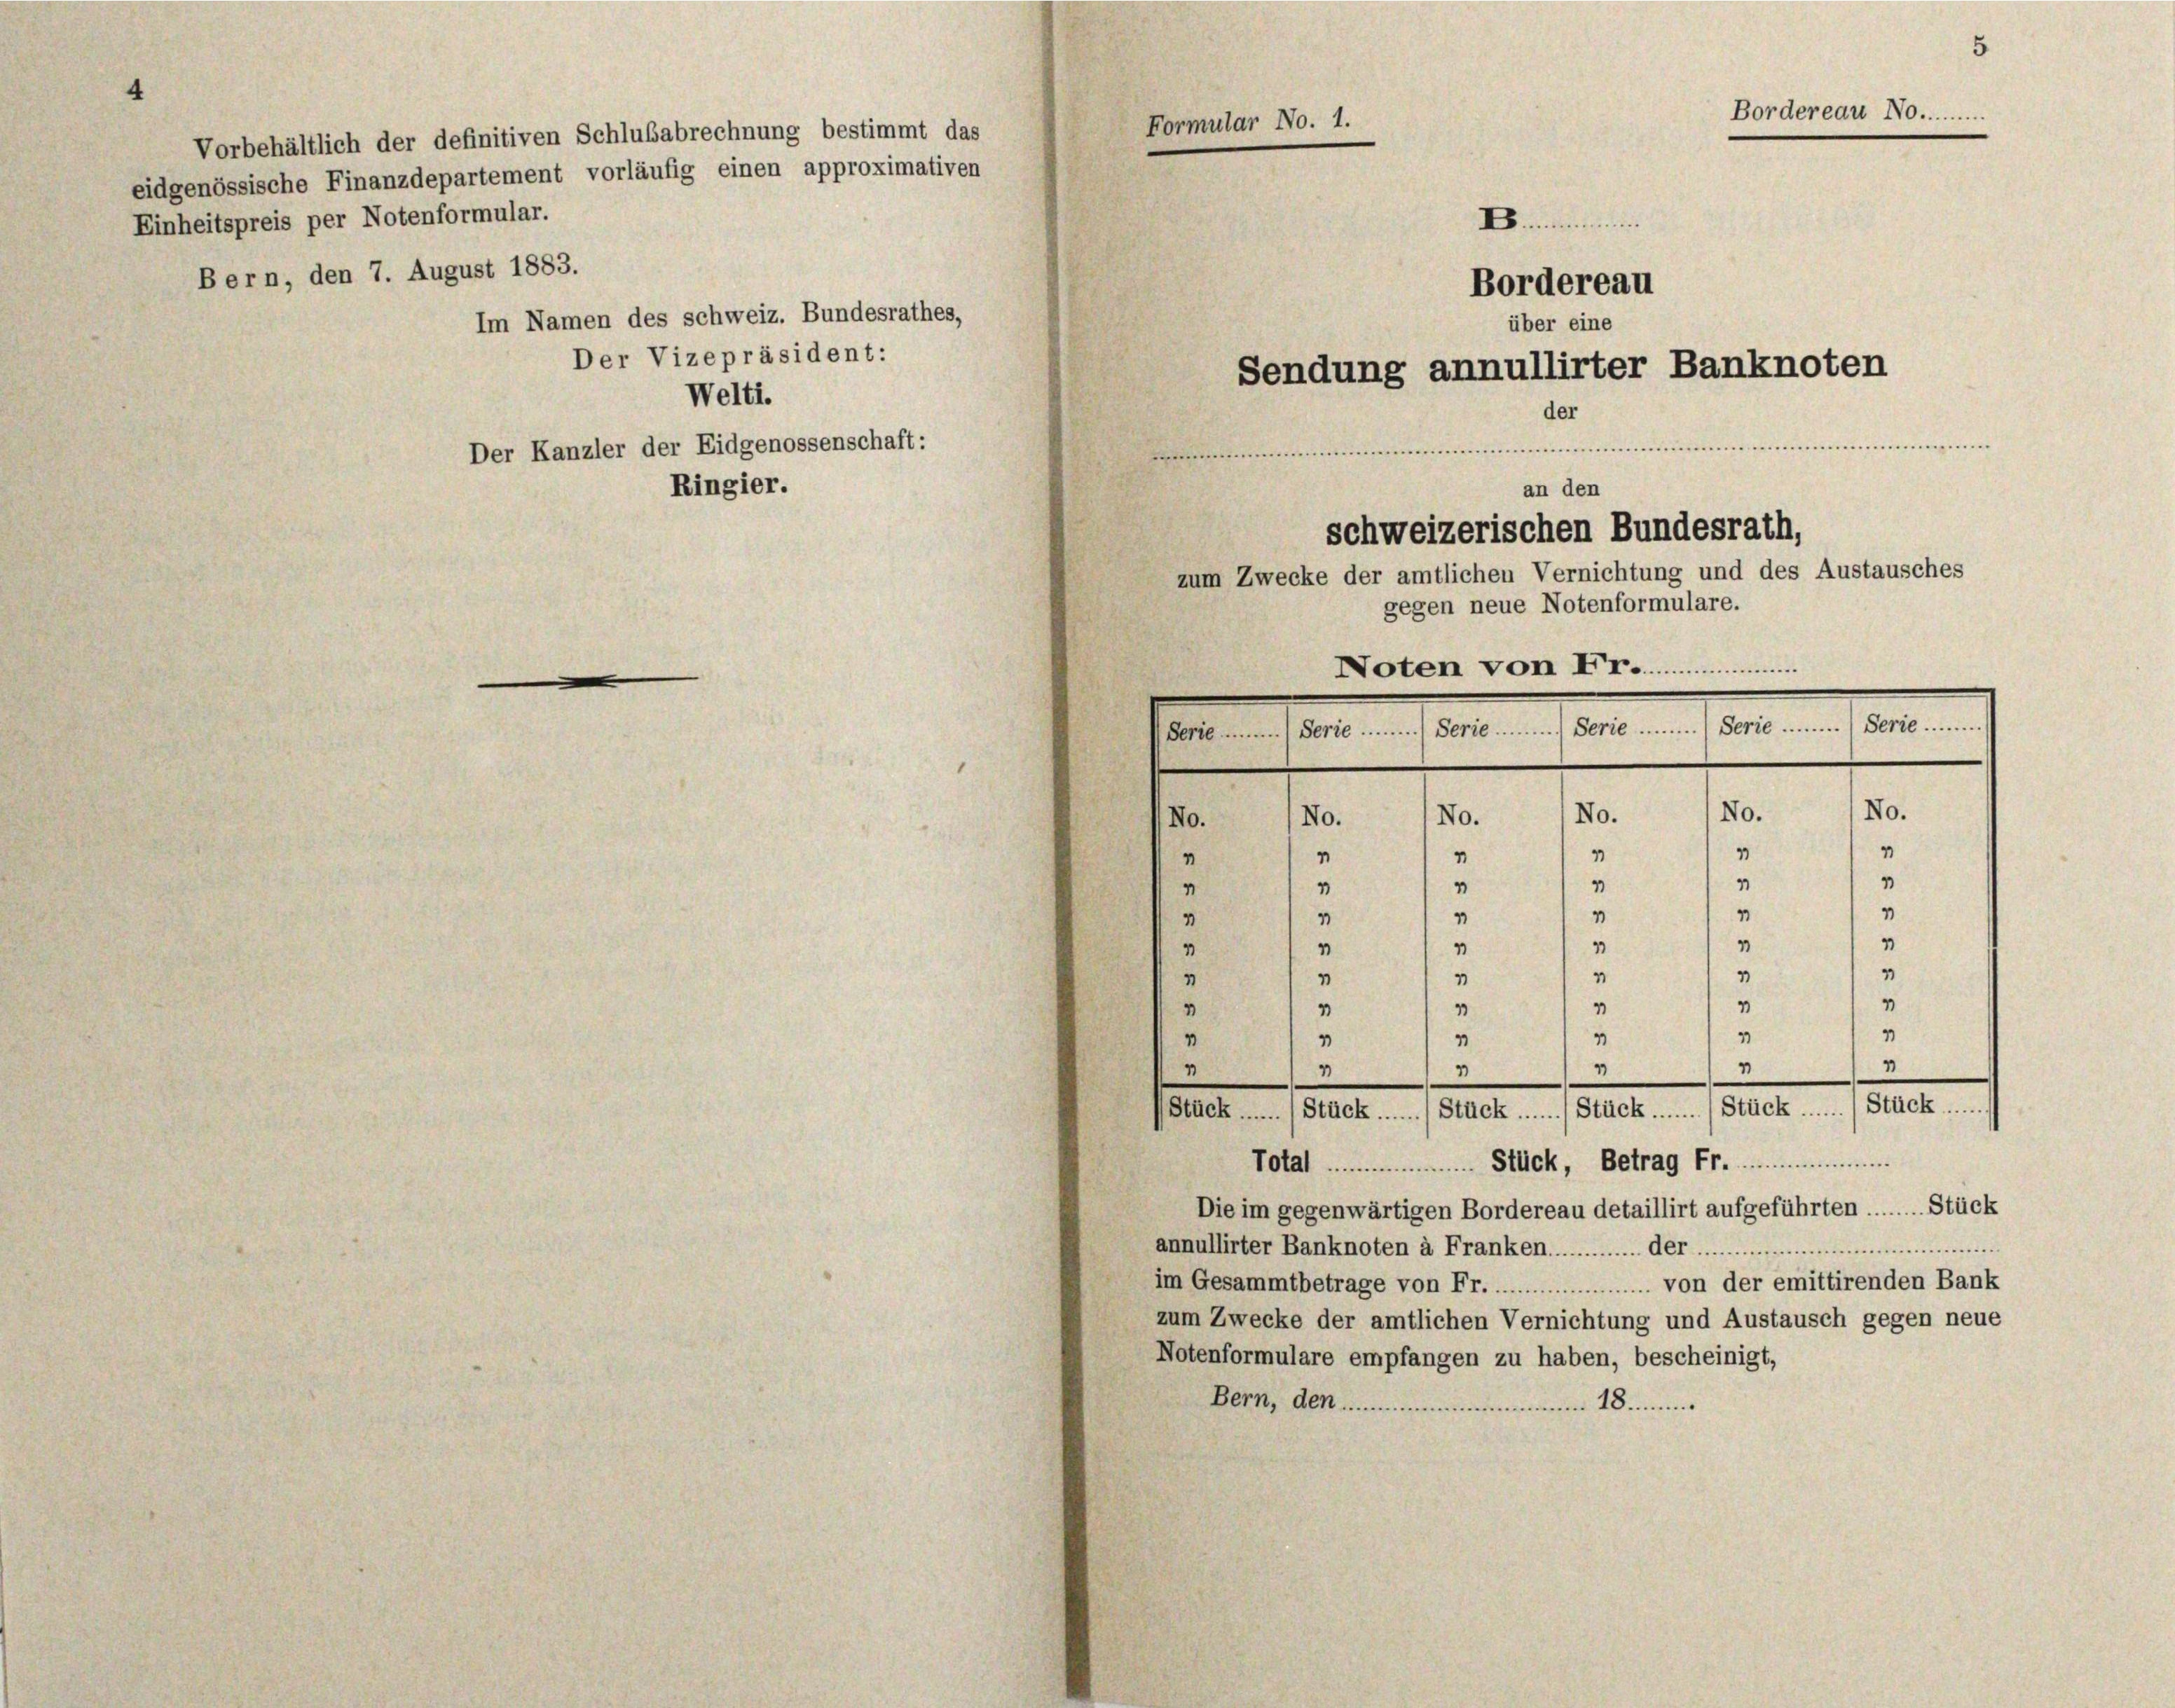
Bern, den 7. August 1883.

Vorbehältlich der definitiven Schlußabrechnung bestimmt das
eidgenössische Finanzdepartement vorläufig einen approximativen
Einheitspreis per Notenformular.

Im Namen des schweiz. Bundesrathes,
Der Vizepräsident:

Ringier.

Welti.
Der Kanzler der Eidgenossenschaft:

4
4
1
"
1
"
1
1
1
"
1
1
1
1
1
1
1
1
1
4
1
"
"
"

.
Bordereau
über eine
Sendung annullirter Banknoten
der
sesse
.
e......
an den
schweizerischen Bundesrath,
zum Zwecke der amtlichen Vernichtung und des Austausches
gegen neue Notenformulare.
Noten von Fr.
erte Serie Serie Serie Serie Serie
No.
No.
No.
No.
No.
No.
4
9
1
“
1
1
1
4
"
4
4
1
1
1
"
1
1
"
4
1
"
1
4
"

Total .............. Stück, Betrag Fr.
Die im gegenwärtigen Bordereau detaillirt aufgeführten ....... Stück
annullirter Banknoten à Franken .................. der ..................................
im Gesammtbetrage von Fr................................. von der emittirenden Bank
zum Zwecke der amtlichen Vernichtung und Austausch gegen neue
Notenformulare empfangen zu haben, bescheinigt,
Bern, den ................................

Stück ......  Stück ...... Stück ...... Stück ...... / Stück ...... Stück